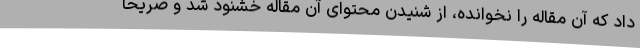
داد که آن مقاله را نخوانده، از شنیدن محتوای آن مقاله خشنود شد و صریحاً